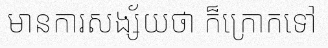
មានការសង្ស័យថា ក៏ក្រោកទៅ